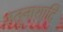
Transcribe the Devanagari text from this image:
शत्रुनाशादि